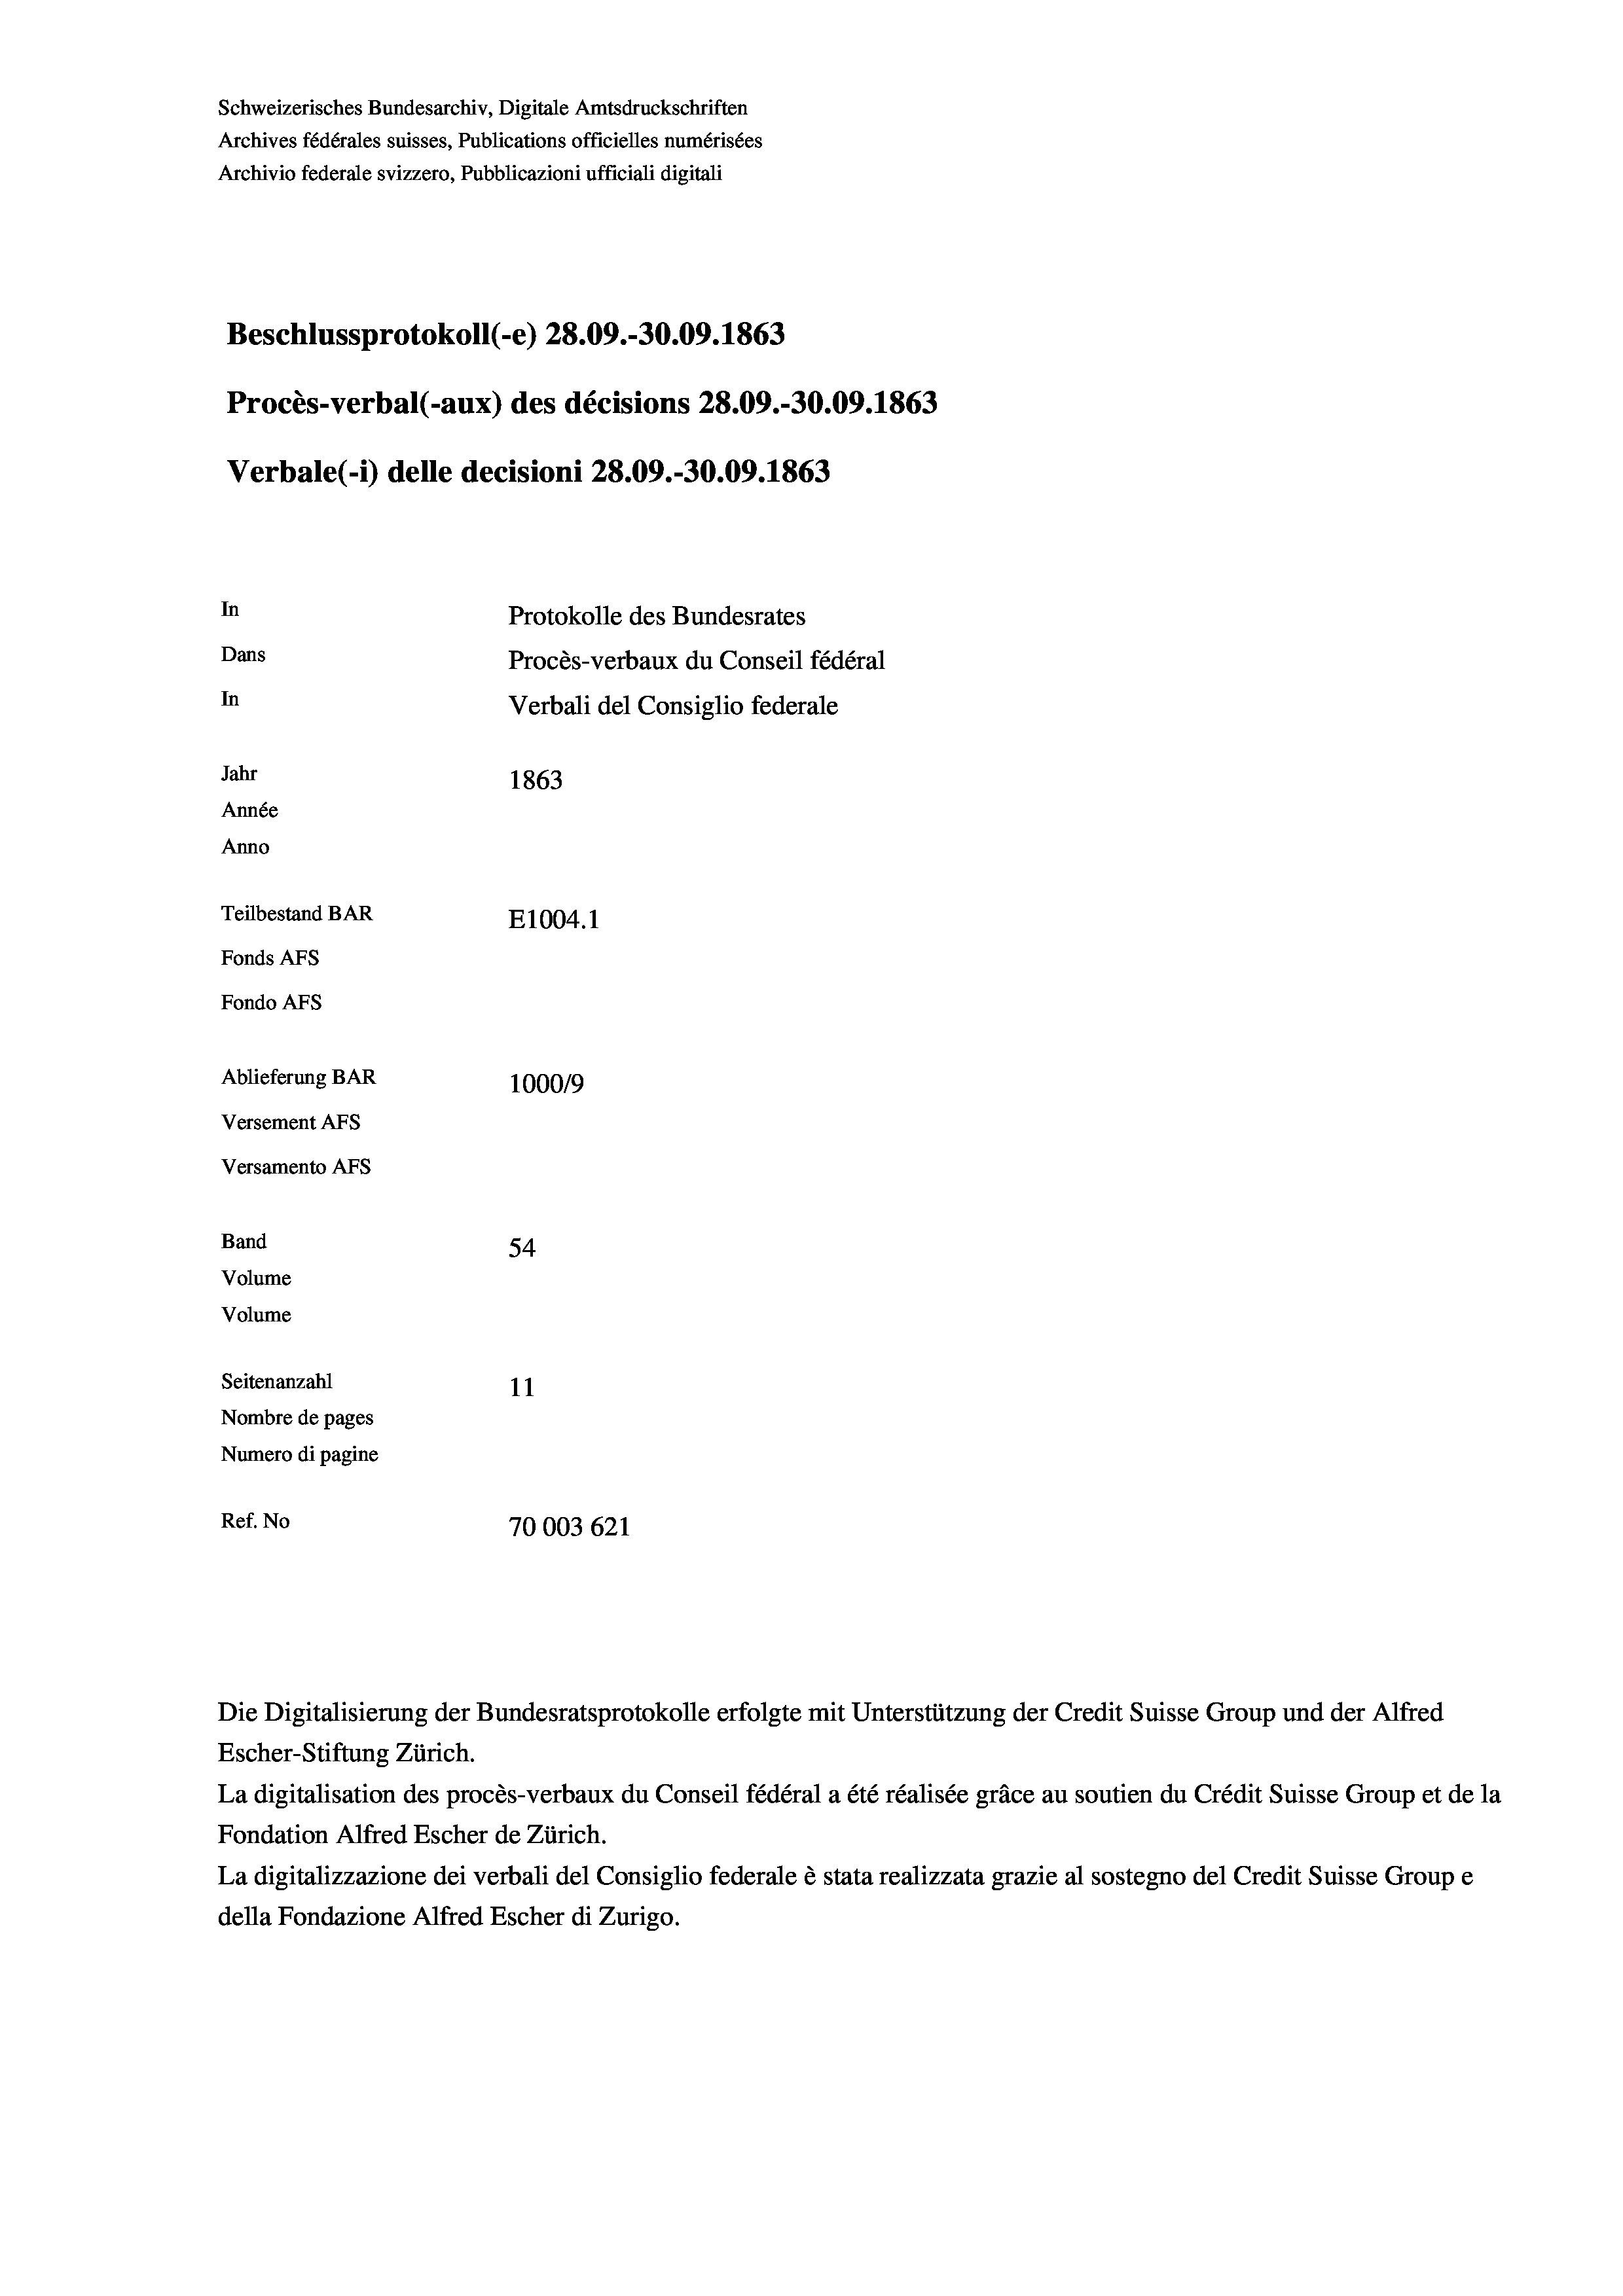
Schweizerisches Bundesarchiv, Digitale Amtsdruckschriften
Archives fédérales suisses, Publications officielles numérisées
Archivio federale svizzero, Pubblicazioni ufficiali digitali
Beschlussprotokoll (-e) 28.09.-30.09. 1863
Procès-verbal (-aux) des décisions 28.09.-30.09. 1863
Verbale (i) delle decisioni 28.09.-30.09. 1863
In
Protokolle des Bundesrates
Dans
Procès-verbaux du Conseil fédéral
In
Verbali del Consiglio federale
Jahr
1863
Année
Anno
Teilbestand BAR
E1004. 1
Fonds AFs
Fondo AFs
Ablieferung BAR
1000/9
Versement AFs
Versamento Afs
Band
54
Volume
Volume

Seitenanzahl
11
Nombre de pages
Numero di pagine
Ref. No
70003 621

Escher-Stiftung Zürich.
La digitalisation des procès-verbaux du Conseil fédéral a été réalisée gräce au soutien du Crédit Suisse Group et de la
Fondation Alfred Escher de Zürich.
La digitalizzazione dei verbali del Consiglio federale è stata realizzata grazie al sostegno del Credit Suisse Groupe
della Fondazione Alfred Escher di Zurigo.

Die Digitalisierung der Bundesratsprotokolle erfolgte mit Unterstützung der Credit Suisse Group und der Alfred